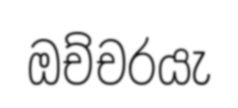
ඔච්චරයැ